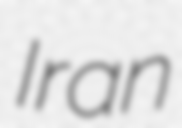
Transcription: Iran